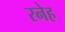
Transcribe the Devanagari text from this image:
रनेह